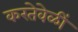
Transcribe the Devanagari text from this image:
करतेवेळीं